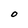
Character: O